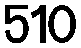
510